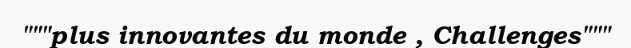
"""plus innovantes du monde , Challenges"""